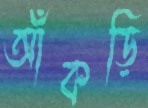
আঁকড়ি